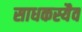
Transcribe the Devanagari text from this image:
साधकस्यैव